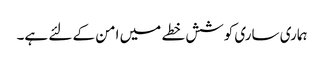
ہماری ساری کوشش خطے میں امن کے لئے ہے۔